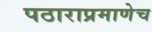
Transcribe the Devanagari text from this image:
पठाराप्रमाणेच